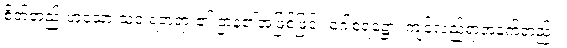
စိတ်တည်းဟူသော သံဝ ရတရား၏ ဌာန၏အဖြစ်ဖြင့်။ ဂေါစရဋ္ဌော၊ ကျင်လည်ရာအနက်တည်း။